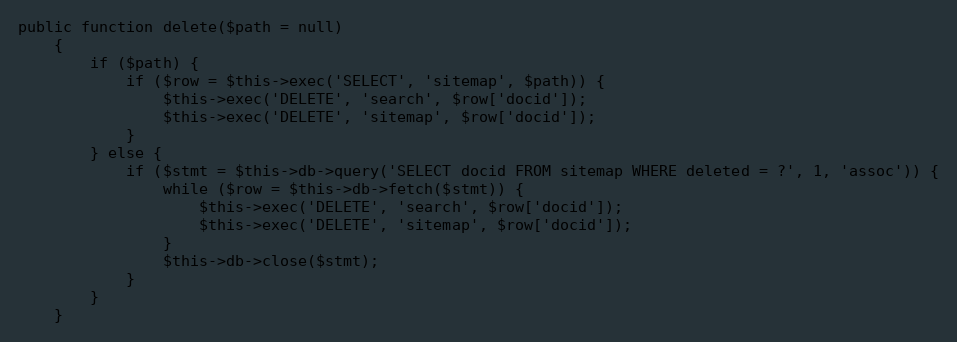
Language: PHP
public function delete($path = null)
    {
        if ($path) {
            if ($row = $this->exec('SELECT', 'sitemap', $path)) {
                $this->exec('DELETE', 'search', $row['docid']);
                $this->exec('DELETE', 'sitemap', $row['docid']);
            }
        } else {
            if ($stmt = $this->db->query('SELECT docid FROM sitemap WHERE deleted = ?', 1, 'assoc')) {
                while ($row = $this->db->fetch($stmt)) {
                    $this->exec('DELETE', 'search', $row['docid']);
                    $this->exec('DELETE', 'sitemap', $row['docid']);
                }
                $this->db->close($stmt);
            }
        }
    }